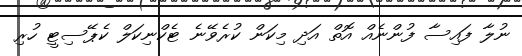
ނުލާ ފައިސާ ފުންނެއް އޮތް އަދި މިކަން ކުރެވޭނެ ޓެކްނިކަލް ކެޕޭސިޓީ ހުރި